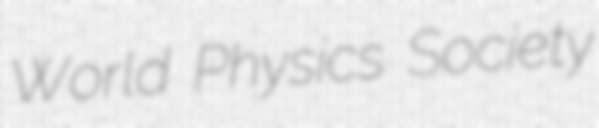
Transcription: World Physics Society